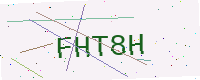
Text: FHT8H